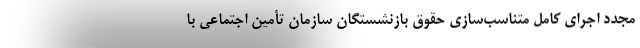
مجدد اجرای کامل متناسب‌سازی حقوق بازنشستگان سازمان تأمین اجتماعی با